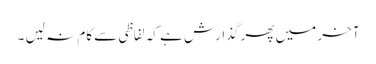
آخر میں پھر گذارش ہے کہ لفاظی سے کام نہ لیں ۔